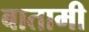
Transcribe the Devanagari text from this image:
बातामी